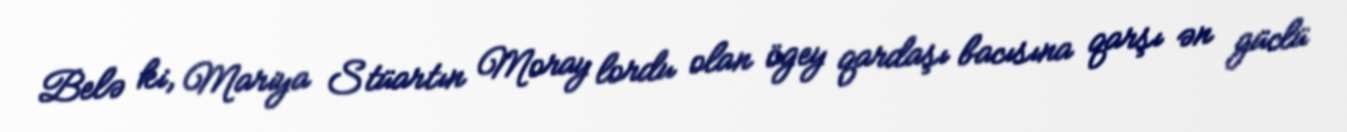
Belə ki, Mariya Stüartın Moray lordu olan ögey qardaşı bacısına qarşı ən güclü